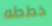
خططه